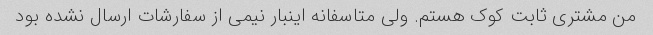
من مشتری ثابت کوک هستم. ولی متاسفانه اینبار نیمی از سفارشات ارسال نشده بود